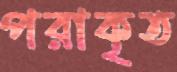
পরাকৃত